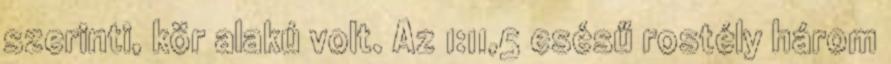
szerinti, kör alakú volt. Az 1:11,5 esésű rostély három